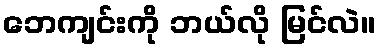
ဘေကျင်းကို ဘယ်လို မြင်လဲ။